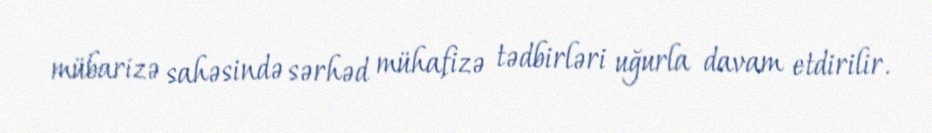
mübarizə sahəsində sərhəd mühafizə tədbirləri uğurla davam etdirilir.